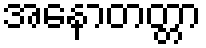
အနောတတ္တာ